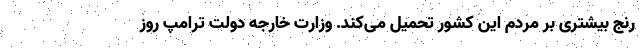
رنج بیشتری بر مردم این کشور تحمیل می‌کند. وزارت خارجه دولت ترامپ روز